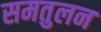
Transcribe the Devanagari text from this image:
समतुलन